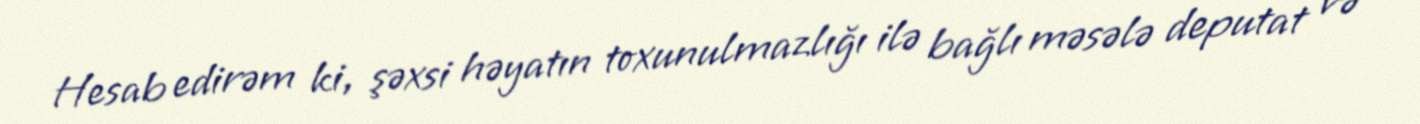
Hesab edirəm ki, şəxsi həyatın toxunulmazlığı ilə bağlı məsələ deputat və